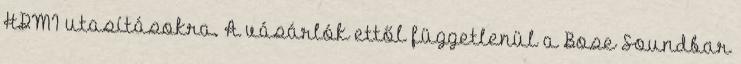
HDMI utasításokra. A vásárlók ettől függetlenül a Bose Soundbar